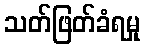
သတ်ဖြတ်ခံရမှု